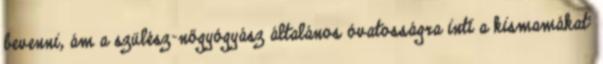
bevenni, ám a szülész-nőgyógyász általános óvatosságra inti a kismamákat: